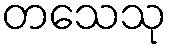
တသေသု